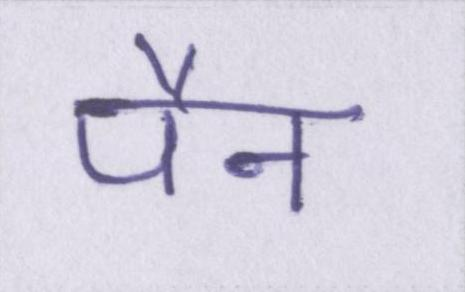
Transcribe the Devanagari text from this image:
पैन